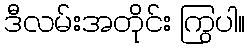
ဒီလမ်းအတိုင်း ကြွပါ။